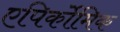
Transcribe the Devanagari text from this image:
एपिर्कोमिक